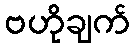
ဗဟိုချက်